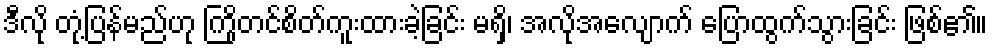
ဒီလို တုံ့ပြန်မည်ဟု ကြိုတင်စိတ်ကူးထားခဲ့ခြင်း မရှိ၊ အလိုအလျောက် ပြောထွက်သွားခြင်း ဖြစ်၏။